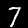
Label: 7